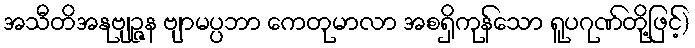
အသီတိအနုဗျဉ္ဇန ဗျာမပ္ပဘာ ကေတုမာလာ အစရှိကုန်သော ရူပဂုဏ်တို့ဖြင့်)